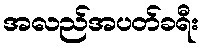
အလည်အပတ်ခရီး